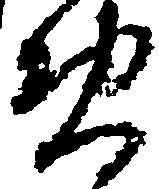
免